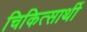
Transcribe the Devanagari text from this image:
चिकित्सार्थी